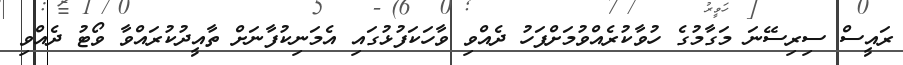
ރައީސް ސިރިސޭނަ މަގާމުގެ ހުވާކުރެއްވުމަށްފަހު ދެއްވި ވާހަކަފުޅުގައި އެމަނިކުފާނަށް ތާއީދުކުރައްވާ ވޯޓު ދެއްވި